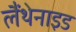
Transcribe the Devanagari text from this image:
लैंथेनाइड